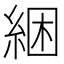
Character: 綑